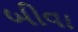
બીવા